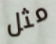
مثل